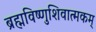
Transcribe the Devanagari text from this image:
ब्रह्मविष्णुशिवात्मकम्